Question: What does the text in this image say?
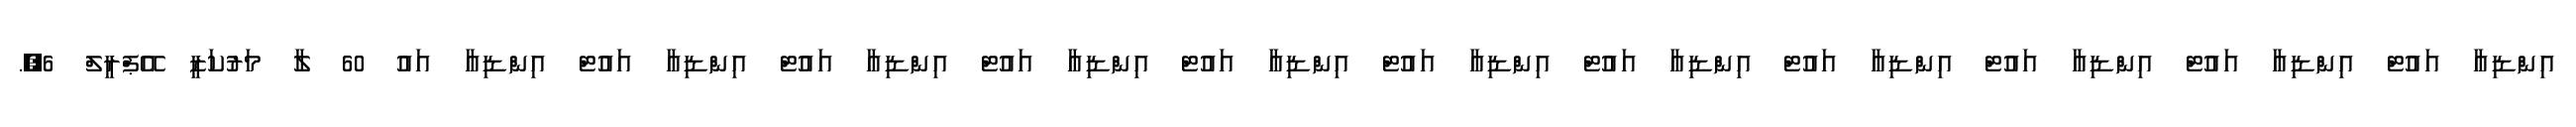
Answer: އިންޑިއާ އައުޓް އިންޑިއާ އައުޓް އިންޑިއާ އައުޓް އިންޑިއާ އައުޓް އިންޑިއާ އައުޓް އިންޑިއާ އައުޓް އިންޑިއާ އައުޓް އިންޑިއާ އައުޓް އިންޑިއާ އައުޓް އިންޑިއާ އައުޓް އިންޑިއާ އައު 60 ލާ މަރުކަޒީ އޭޕްރީލް 6,.